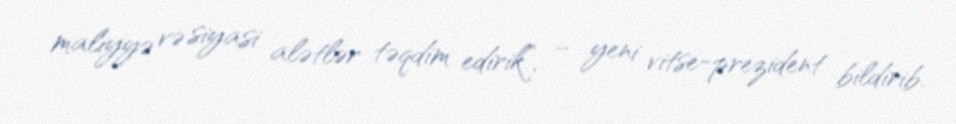
maliyyə və siyasi alətlər təqdim edirik”, – yeni vitse-prezident bildirib.